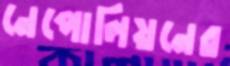
নেপোলিয়নের